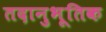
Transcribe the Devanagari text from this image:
तदानुभूतिक